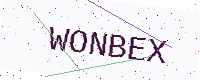
Text: WONBEX